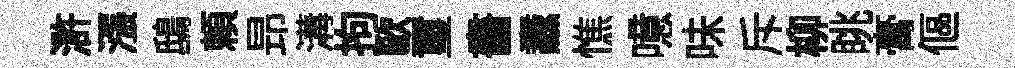
滸漲鴟頼昻溝拘歐璽畵纛憔噫味斥柳眺膏傴